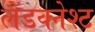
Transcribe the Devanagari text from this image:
लैंडक्नेश्ट